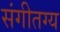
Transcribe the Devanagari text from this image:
संगीतग्य